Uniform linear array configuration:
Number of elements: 24
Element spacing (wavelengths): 0.25
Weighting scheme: uniform
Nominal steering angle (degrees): -45
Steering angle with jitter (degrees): -45.552
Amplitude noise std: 0.05
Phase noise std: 0.05

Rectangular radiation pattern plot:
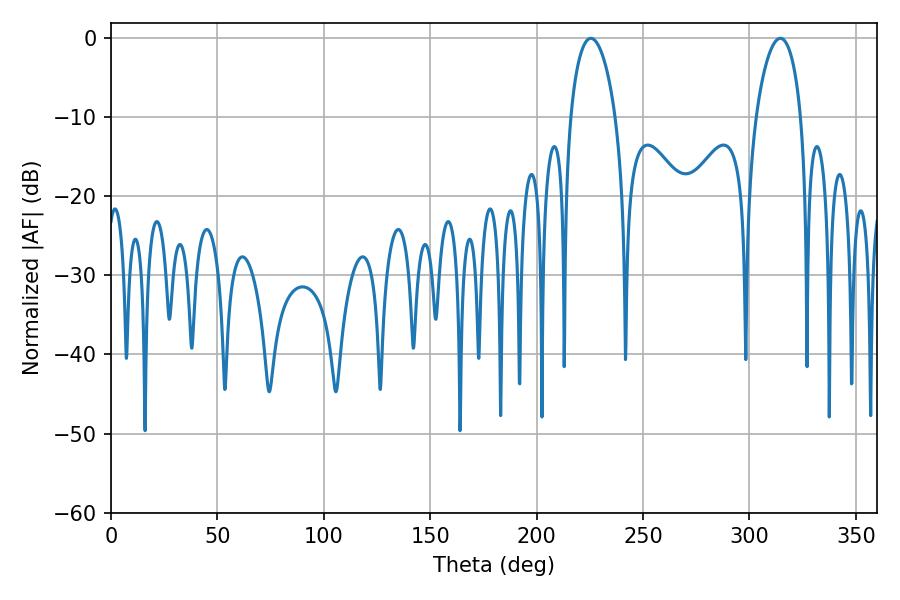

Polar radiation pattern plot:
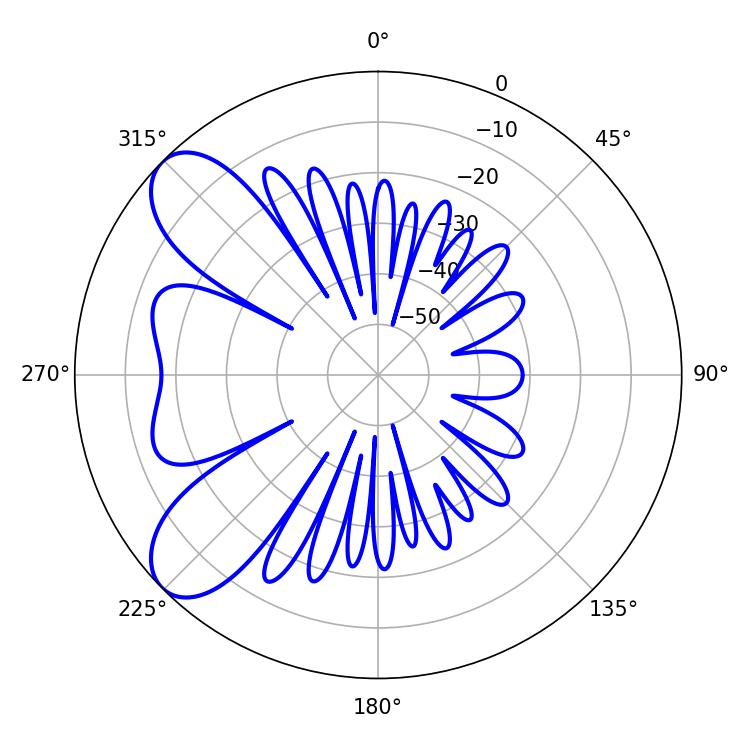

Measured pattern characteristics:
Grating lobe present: FALSE
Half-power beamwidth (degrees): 12.06
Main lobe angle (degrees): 225.54